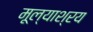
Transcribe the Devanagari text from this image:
मूल्याश्रय